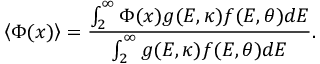
\left\langle { \Phi ( x ) } \right\rangle = \frac { { \int _ { 2 } ^ { \infty } { \Phi ( x ) g ( E , \kappa ) f ( E , \theta ) d E } } } { { \int _ { 2 } ^ { \infty } { g ( E , \kappa ) f ( E , \theta ) d E } } } .